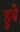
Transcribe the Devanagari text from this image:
हुबे